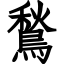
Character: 鶖